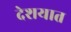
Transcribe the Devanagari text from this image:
देशयात